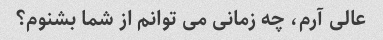
عالی آرم، چه زمانی می توانم از شما بشنوم؟